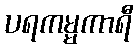
ပရကမ္မကာရီ